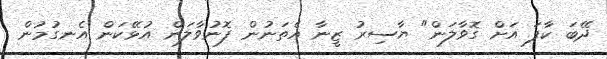
ދޭބަ ކާފަ އަށް ގޮވާލަން" ޔާސިރު ޒީނާ އެތަނުން ފޮނުވާލަން އުޅޭކަން އެނގުމުން